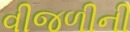
વીજળીની